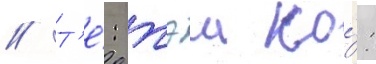
// Т'е́: тэи ко́: